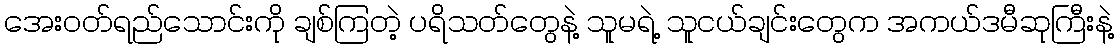
အေးဝတ်ရည်သောင်းကို ချစ်ကြတဲ့ ပရိသတ်တွေနဲ့ သူမရဲ့ သူငယ်ချင်းတွေက အကယ်ဒမီဆုကြီးနဲ့